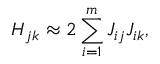
H _ { j k } \approx 2 \sum _ { i = 1 } ^ { m } J _ { i j } J _ { i k } ,